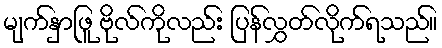
မျက်နှာဖြူ ဗိုလ်ကိုလည်း ပြန်လွှတ်လိုက်ရသည်။